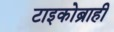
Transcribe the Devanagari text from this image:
टाइकोब्राही